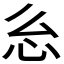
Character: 𭜍